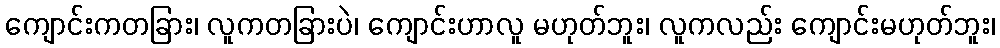
ကျောင်းကတခြား၊ လူကတခြားပဲ၊ ကျောင်းဟာလူ မဟုတ်ဘူး၊ လူကလည်း ကျောင်းမဟုတ်ဘူး၊